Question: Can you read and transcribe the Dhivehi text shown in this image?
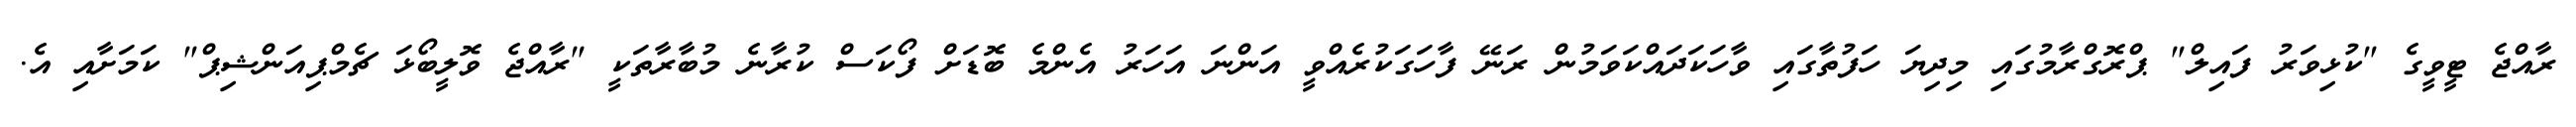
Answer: ރާއްޖެ ޓީވީގެ "ކުޅިވަރު ފައިލް" ޕްރޮގްރާމުގައި މިދިޔަ ހަފުތާގައި ވާހަކަދައްކަވަމުން ރަނޭ ފާހަގަކުރެއްވީ އަންނަ އަހަރު އެންމެ ބޮޑަށް ފޯކަސް ކުރާނެ މުބާރާތަކީ "ރާއްޖެ ވޮލީބޯޅަ ޗެމްޕިއަންޝިޕް" ކަމަށާއި އެ.